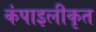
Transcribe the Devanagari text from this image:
कंपाइलीकृत